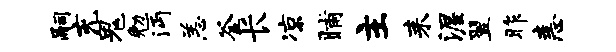
嗣充鬼勉沔恙釜长凉晡主耒渥翌昨恚